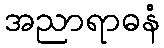
အညာရာဓနံ